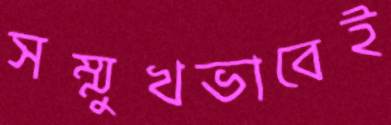
সম্মুখভাবেই